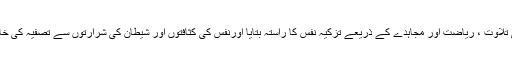
ان پر صحیفے اور کتابیں اتاریں، ان کی تلاوت ، ریاضت اور مجاہدے کے ذریعے تزکیۂ نفس کا راستہ بتایا اورنفس کی کثافتوں اور شیطان کی شرارتوں سے تصفیہ کی خاطر انبیاء و رُسل کی صحبتیں عطا کیں۔